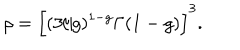
LaTeX: \rho = \Big [ ( 3 / g ) ^ { 1 - g } \Gamma ( 1 - g ) \Big ] ^ { 3 } .